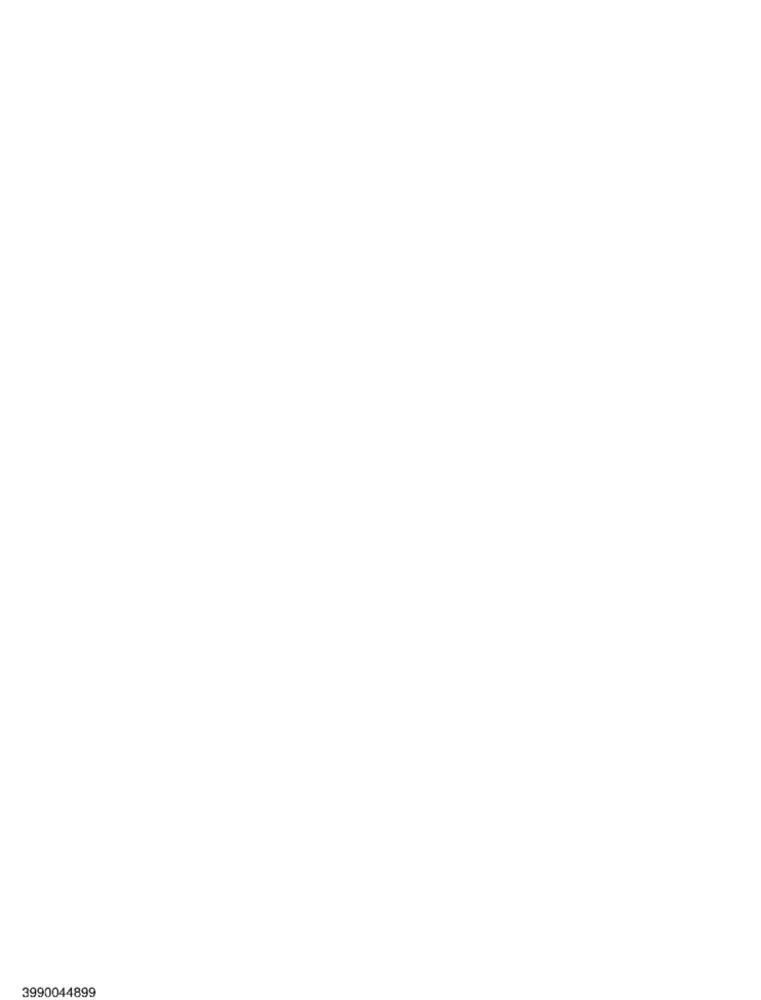
3990044899